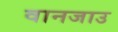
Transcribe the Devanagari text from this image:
वानजाउ